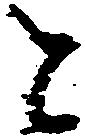
と